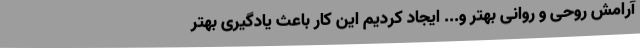
آرامش روحی و روانی بهتر و... ایجاد کردیم این کار باعث یادگیری بهتر